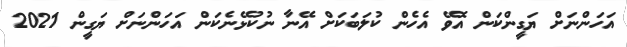
އަހަންނަށް ޔަގީންކަން އޮވޭ އެހެން ކުލަބަކަށް އޭނާ ނުކުޅޭނެކަން އަހަންނަށް ޔަގީން 2021